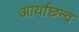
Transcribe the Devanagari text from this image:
आर्याछन्द